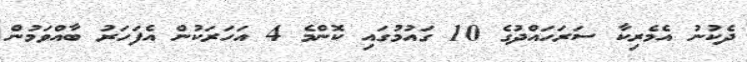
ދެކުނު އެމެރިކާ ސަރަހައްދުގެ 10 ގައުމުގައި ކޮންމެ 4 އަހަރަކުން އެފަހަރު ބާއްވަމުން